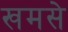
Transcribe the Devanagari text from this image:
खमसे